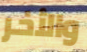
والأخر